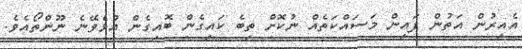
އެއިރުން އަތުން ފައިން މަސައްކަތެއް ނުކޮށް ތިބެ ކައިގެން ބޮއިގެން އުޅެވޭނެ ނޫންތޯއެވެ.